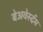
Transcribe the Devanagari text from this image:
बेअवेर्स्दम